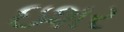
ઇશર